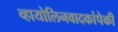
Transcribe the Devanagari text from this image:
व्हायोलिनवादकांपेकी